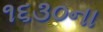
૧૬૩૦ના